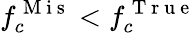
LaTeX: f_{c}^{\mathrm{~M~i~s~}}<f_{c}^{\mathrm{~T~r~u~e~}}